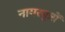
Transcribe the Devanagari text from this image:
नागरपुत्रों